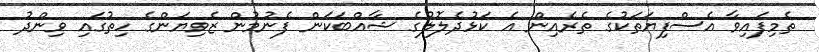
ތެމިފައިވާ އެސްފިޔަތަކުގެ ތެރެއިން އެ ކަޅުދެލޮލުގެ ޝާއްބަކަން ފެނުމުން ޒެވިޔަންގެ ހިތުގައި ވިންދު